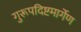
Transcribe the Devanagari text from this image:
गुरूपदिष्टमार्गेण